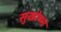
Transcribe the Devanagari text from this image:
सुखोष्ण